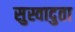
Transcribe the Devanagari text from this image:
सुस्वादुता